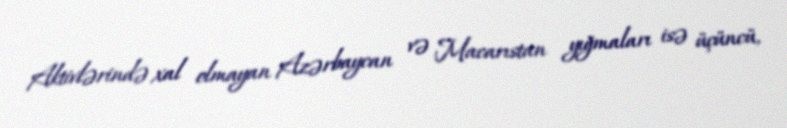
Aktivlərində xal olmayan Azərbaycan və Macarıstan yığmaları isə üçüncü,